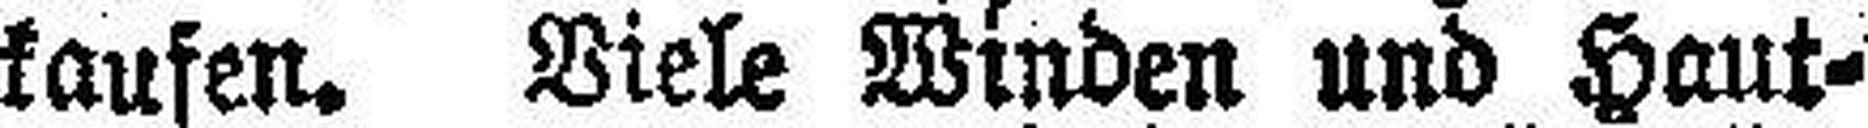
kaufen. Viele Winden und Haut¬